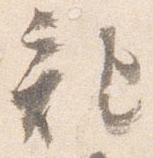
記